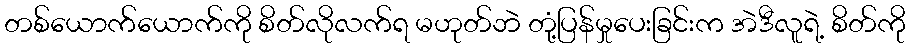
တစ်ယောက်ယောက်ကို စိတ်လိုလက်ရ မဟုတ်ဘဲ တုံ့ပြန်မှုပေးခြင်းက အဲဒီလူရဲ့ စိတ်ကို